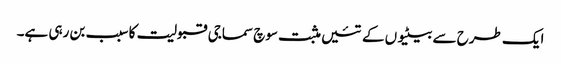
ایک طرح سے بیٹیوں کے تئیں مثبت سوچ سماجی قبولیت کا سبب بن رہی ہے۔